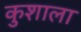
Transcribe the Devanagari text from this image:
कुशाला